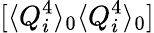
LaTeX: [\langle Q_{i}^{4}\rangle_{0}\langle Q_{i}^{4}\rangle_{0}]